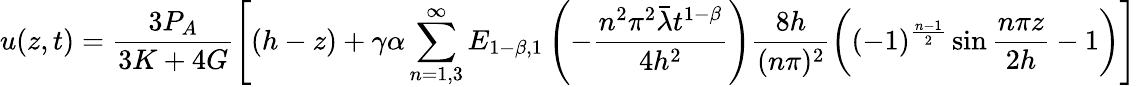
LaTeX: u(z,t)=\frac{3P_{A}}{3K+4G}\Bigg[(h-z)+\gamma\alpha\sum_{n=1,3}^{\infty}E_{1-\beta,1}\left(-{\frac{n^{2}\pi^{2}\bar{\lambda}t^{1-\beta}}{4h^{2}}}\right)\frac{8h}{(n\pi)^{2}}\bigg((-1)^{\frac{n-1}{2}}\sin\frac{n\pi z}{2h}-1\bigg)\Bigg]